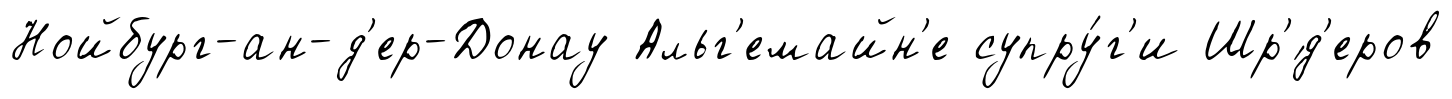
Нойбург-ан-д'ер-Донау Альг'емайн'е супру́г'и Шр'́д'еров